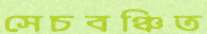
সেচবঞ্চিত